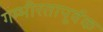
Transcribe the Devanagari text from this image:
गम्भीरतापूर्वक